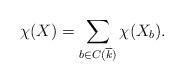
LaTeX: \begin{align*} \chi(X) = \sum_{b\in C(\overline{k})}\chi(X_b).\end{align*}